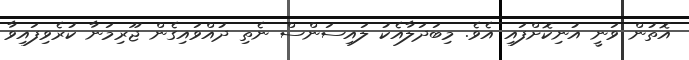
އޮތުން ވަނީ އުނިކޮށްފައި އެވެ. މިބަދަލާއެކު ލައިސަންސް ނެތި ދުއްވައިގެން ޖޫރިމަނާ ކުރެވިފައިވާ